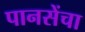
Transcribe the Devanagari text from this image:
पानसेंचा